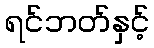
ရင်ဘတ်နှင့်